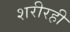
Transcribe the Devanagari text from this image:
शरीरही